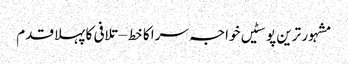
مشہور ترین پوسٹیں	خواجہ سرا کا خط – تلافی کا پہلا قدم